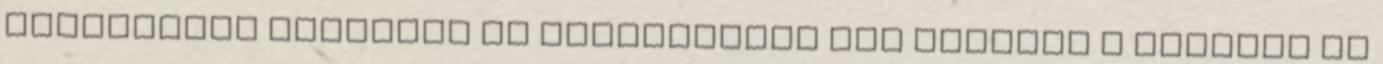
Mindentudó pontosan és részletesen tud mindent a jövőben is